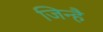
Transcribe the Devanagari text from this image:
जिन्है